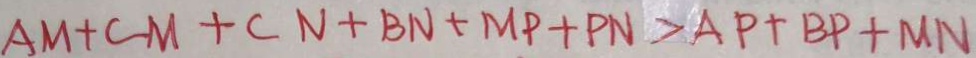
A M + C M + C N + B N + M P + P N > A P + B P + M N